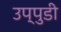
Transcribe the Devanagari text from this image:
उप्पुडी